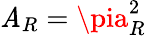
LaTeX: \mathit{A}_{R}=\pia_{R}^{2}